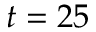
t = 2 5